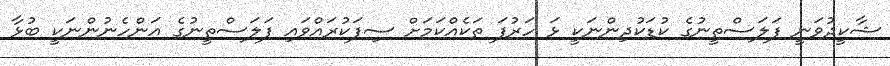
ޝާކީދުވަނީ ފަލަސްތީނުގެ ކުޑަކުދިންނަކީ ޅަ ހަރުފަ ތަކެއްކަމަށް ސިފަކުރައްވައި ފަލަސްތީނުގެ އަންހެނުންނަކީ ބުޅާ